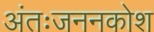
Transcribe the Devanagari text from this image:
अंतःजननकोश